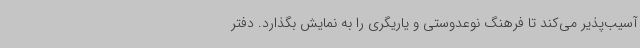
آسیب‌پذیر می‌کند تا فرهنگ نوعدوستی و یاریگری را به نمایش بگذارد. دفتر